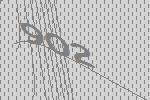
902